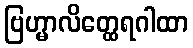
ဗြဟ္မာလိတ္ထေရဂါထာ